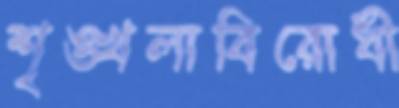
শৃঙ্খলাবিরোধী